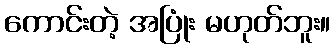
ကောင်းတဲ့ အပြုံး မဟုတ်ဘူး။